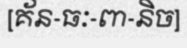
[គ័ន-ធៈ-ពា-និច]